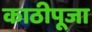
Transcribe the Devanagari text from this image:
काठीपूजा